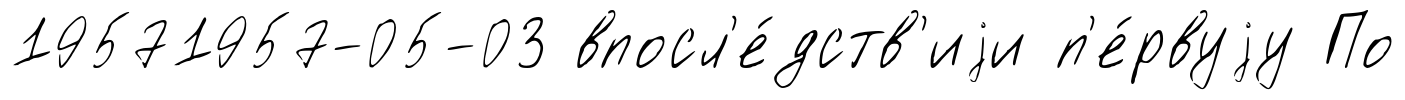
19571957-05-03 впосл'е́дств'иjи п'е́рвуjу По